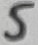
Text: 5